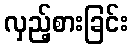
လှည့်စားခြင်း